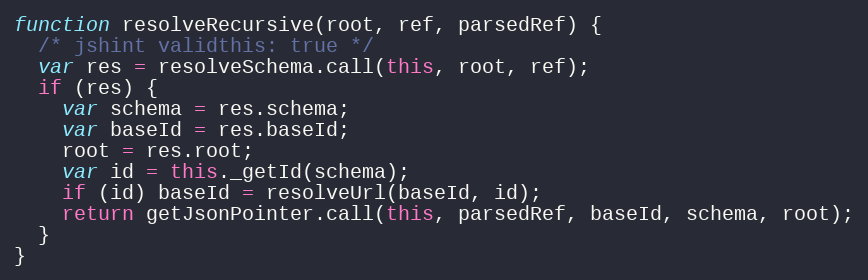
Language: JavaScript
function resolveRecursive(root, ref, parsedRef) {
  /* jshint validthis: true */
  var res = resolveSchema.call(this, root, ref);
  if (res) {
    var schema = res.schema;
    var baseId = res.baseId;
    root = res.root;
    var id = this._getId(schema);
    if (id) baseId = resolveUrl(baseId, id);
    return getJsonPointer.call(this, parsedRef, baseId, schema, root);
  }
}